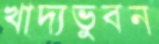
খাদ্যভুবন